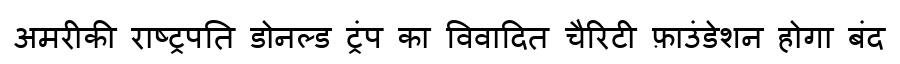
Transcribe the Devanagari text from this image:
अमरीकी राष्ट्रपति डोनल्ड ट्रंप का विवादित चैरिटी फ़ाउंडेशन होगा बंद